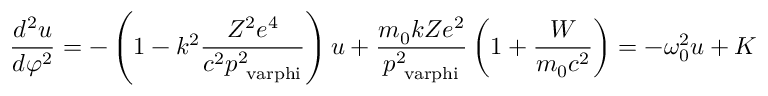
{ \frac { d ^ { 2 } u } { d \varphi ^ { 2 } } } = - \left( 1 - k ^ { 2 } { \frac { Z ^ { 2 } e ^ { 4 } } { c ^ { 2 } p _ { \mathrm { \ v a r p h i } } ^ { 2 } } } \right) u + { \frac { m _ { \mathrm { 0 } } k Z e ^ { 2 } } { p _ { \mathrm { \ v a r p h i } } ^ { 2 } } } \left( 1 + { \frac { W } { m _ { \mathrm { 0 } } c ^ { 2 } } } \right) = - \omega _ { \mathrm { 0 } } ^ { 2 } u + K